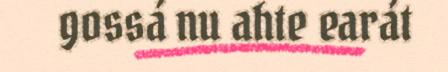
gossá nu ahte earát